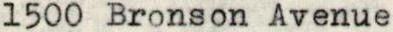
1500 Bronson Avenue